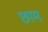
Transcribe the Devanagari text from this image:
छाम